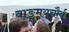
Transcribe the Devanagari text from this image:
वाङ्‌मयचौर्य